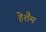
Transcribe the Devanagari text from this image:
हेशैम